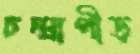
চন্দ্রাপীড়